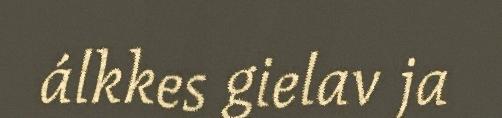
álkkes gielav ja